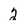
Character: 2